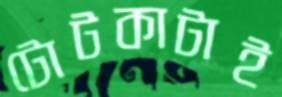
টোটকাটাই